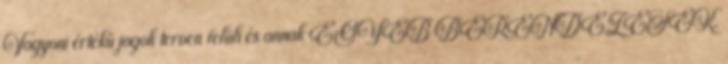
Vagyoni értékű jogok terven felüli és annak EGYÉB BERENDEZÉSEK,